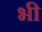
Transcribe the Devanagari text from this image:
भी